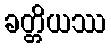
ခတ္တိယဿ